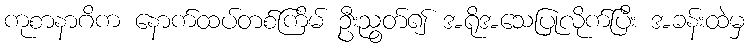
ကုစာနာဂိက နောက်ထပ်တစ်ကြိမ် ဦးညွတ်၍ အရိုအသေပြုလိုက်ပြီး အခန်းထဲမှ